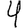
Digit: 4